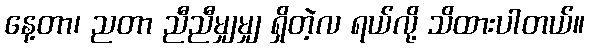
နေ့တာ၊ ညတာ ညီညီမျှမျှ ရှိတဲ့လ ရယ်လို့ သိထားပါတယ်။